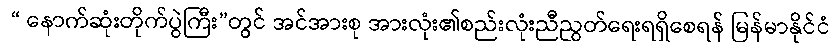
 “ နောက်ဆုံးတိုက်ပွဲကြီး”တွင် အင်အားစု အားလုံး၏စည်းလုံးညီညွတ်ရေးရရှိစေရန် မြန်မာနိုင်ငံ